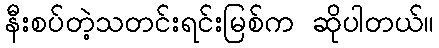
နီးစပ်တဲ့သတင်းရင်းမြစ်က ဆိုပါတယ်။